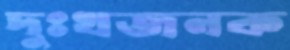
দুঃখজনক